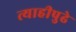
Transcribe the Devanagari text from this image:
त्याहीपुढे